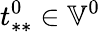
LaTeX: t_{**}^{0}\in\mathbb{V}^{0}